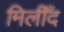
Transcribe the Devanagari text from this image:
मिलीँद